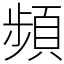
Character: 頻